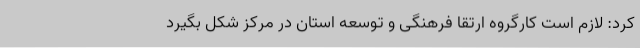
کرد: لازم است کارگروه ارتقا فرهنگی و توسعه استان در مرکز شکل بگیرد